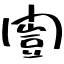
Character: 闓